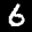
Label: 6